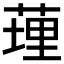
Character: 𦷯